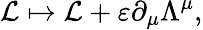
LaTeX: {\mathcal{L}}\mapsto{\mathcal{L}}+\varepsilon\partial_{\mu}\Lambda^{\mu},